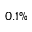
0 . 1 \%